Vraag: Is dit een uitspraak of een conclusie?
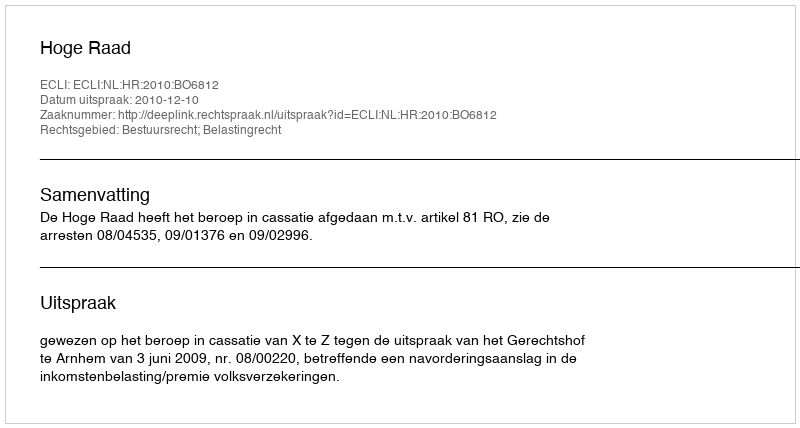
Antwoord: Uitspraak